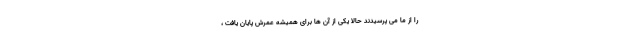
را از ما می پرسیدند حالا یکی از آن ها برای همیشه عمرش پایان یافت ،